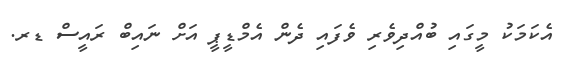
އެކަމަކު މީގައި ބުއްދިވެރި ވެފައި ދެން އެމްޑީޕީ އަށް ނައިބް ރައީސް ޑރ.